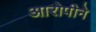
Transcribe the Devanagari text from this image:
आरोपीने